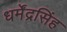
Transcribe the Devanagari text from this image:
धर्मेंद्रसिंह